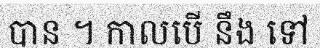
បាន ។ កាលបើ នឹង ទៅ